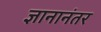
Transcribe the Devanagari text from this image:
ज्ञानानंतर